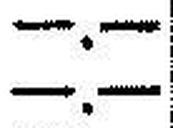
—.—